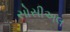
સોસીઅલ